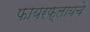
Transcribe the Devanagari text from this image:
फायरफ्लायचे